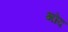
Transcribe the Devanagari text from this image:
भोद